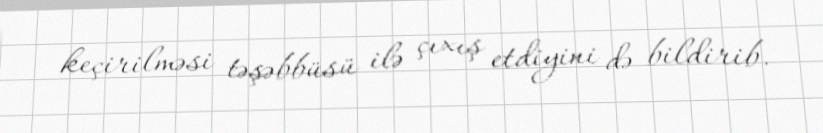
keçirilməsi təşəbbüsü ilə çıxış etdiyini də bildirib.